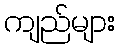
ကျည်များ